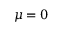
\mu = 0